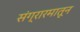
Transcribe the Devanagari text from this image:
संग्रारमातून